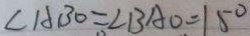
\angle A B O = \angle B A O = 1 5 ^ { \circ }